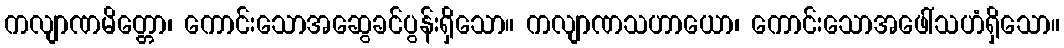
ကလျာဏမိတ္တော၊ ကောင်းသောအဆွေခင်ပွန်းရှိသော။ ကလျာဏသဟာယော၊ ကောင်းသောအဖေါ်သဟံရှိသော။